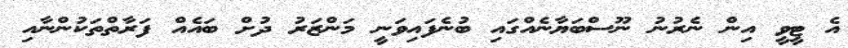
އެ ޓީވީ އިން ނެރުނު ނޫސްބަޔާނެއްގައި ބުނެފައިވަނީ މަންޒަރު ދުށް ބައެއް ފަރާތްތަކުންނާއި